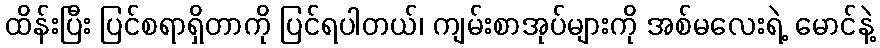
ထိန်းပြီး ပြင်စရာရှိတာကို ပြင်ရပါတယ်၊ ကျမ်းစာအုပ်များကို အစ်မလေးရဲ့ မောင်နဲ့